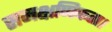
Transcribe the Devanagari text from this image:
समक्षणिकता।